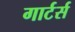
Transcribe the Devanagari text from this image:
गार्टर्स